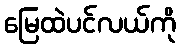
မြေထဲပင်လယ်ကို